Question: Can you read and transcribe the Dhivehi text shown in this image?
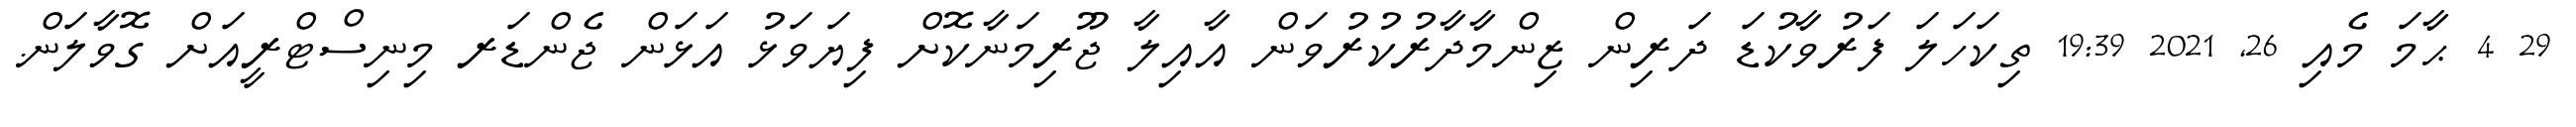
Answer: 29 4 ޙާމަ މެއި 26, 2021 19:39 ތިކަހަލަ ފަރުވާކުޑަ ދަރިން ޒިންމާދާރުކުރުވަން އާއިލާ ޖޫރިމަނާކޮށް ފިޔަވަޅު އަޅަން ޖެންޑަރ މިނިސްޓްރީއަށް ގޮވާލަން.